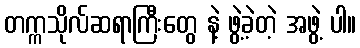
တက္ကသိုလ်ဆရာကြီးတွေ နဲ့ ဖွဲ့ခဲ့တဲ့ အဖွဲ့ ပါ။